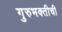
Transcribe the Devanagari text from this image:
गुरुभक्तीची